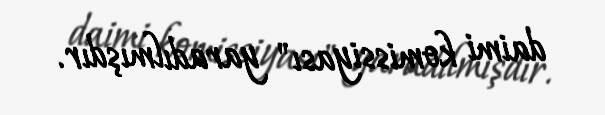
daimi komissiyası" yaradılmışdır.